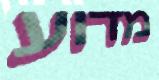
מדוע